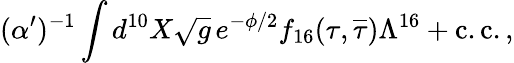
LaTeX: (\alpha^{\prime})^{-1}\int d^{10}X\sqrt g\, e^{-\phi/2}f_{16}(\tau,\overline{{{\tau}}})\Lambda^{16}+\mathrm{c.c.}\, ,